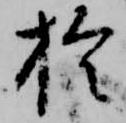
於